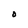
Character: 0